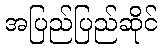
အပြည်ပြည်ဆိုင်